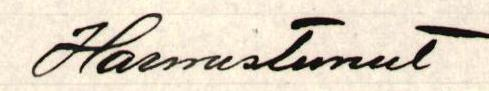
Harmistunut